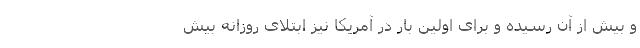
و بیش از آن رسیده و برای اولین بار در آمریکا نیز ابتلای روزانه بیش